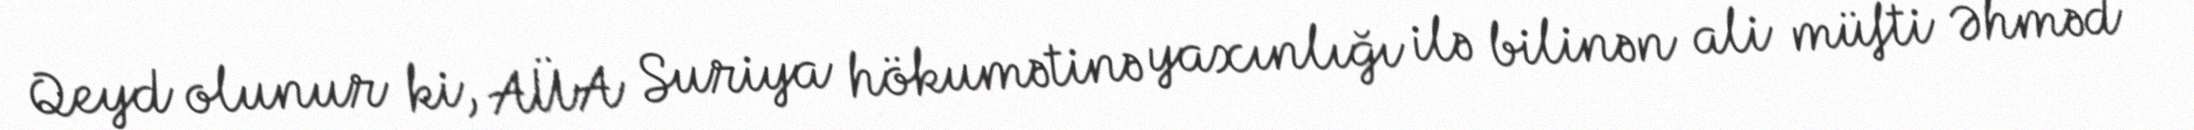
Qeyd olunur ki, AÜA Suriya hökumətinə yaxınlığı ilə bilinən ali müfti Əhməd